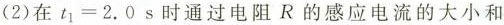
(2)在$$t_{1}=2.0s$$时通过电阻R的感应电流的大小和